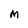
Character: M